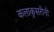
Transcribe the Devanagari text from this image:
कलाकुसरीनी